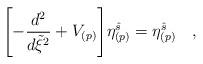
LaTeX: \begin{align*}\Biggl[ - {d^2\over d\tilde{\xi}^2} + V_{(p)} \Biggl]\eta^{\hat{s}}_{(p)} = \eta^{\hat{s}}_{(p)} \quad ,\end{align*}